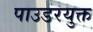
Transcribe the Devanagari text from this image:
पाउडरयुक्त